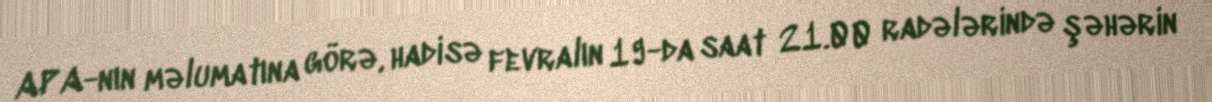
APA-nın məlumatına görə, hadisə fevralın 19-da saat 21.00 radələrində şəhərin